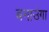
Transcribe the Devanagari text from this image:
बनाउंगा